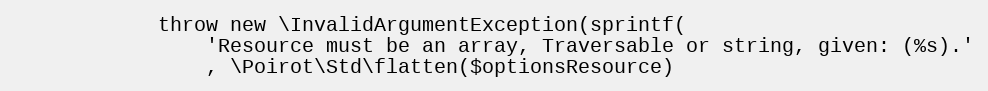
Language: PHP
            throw new \InvalidArgumentException(sprintf(
                'Resource must be an array, Traversable or string, given: (%s).'
                , \Poirot\Std\flatten($optionsResource)